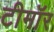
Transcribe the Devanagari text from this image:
टीमॉर